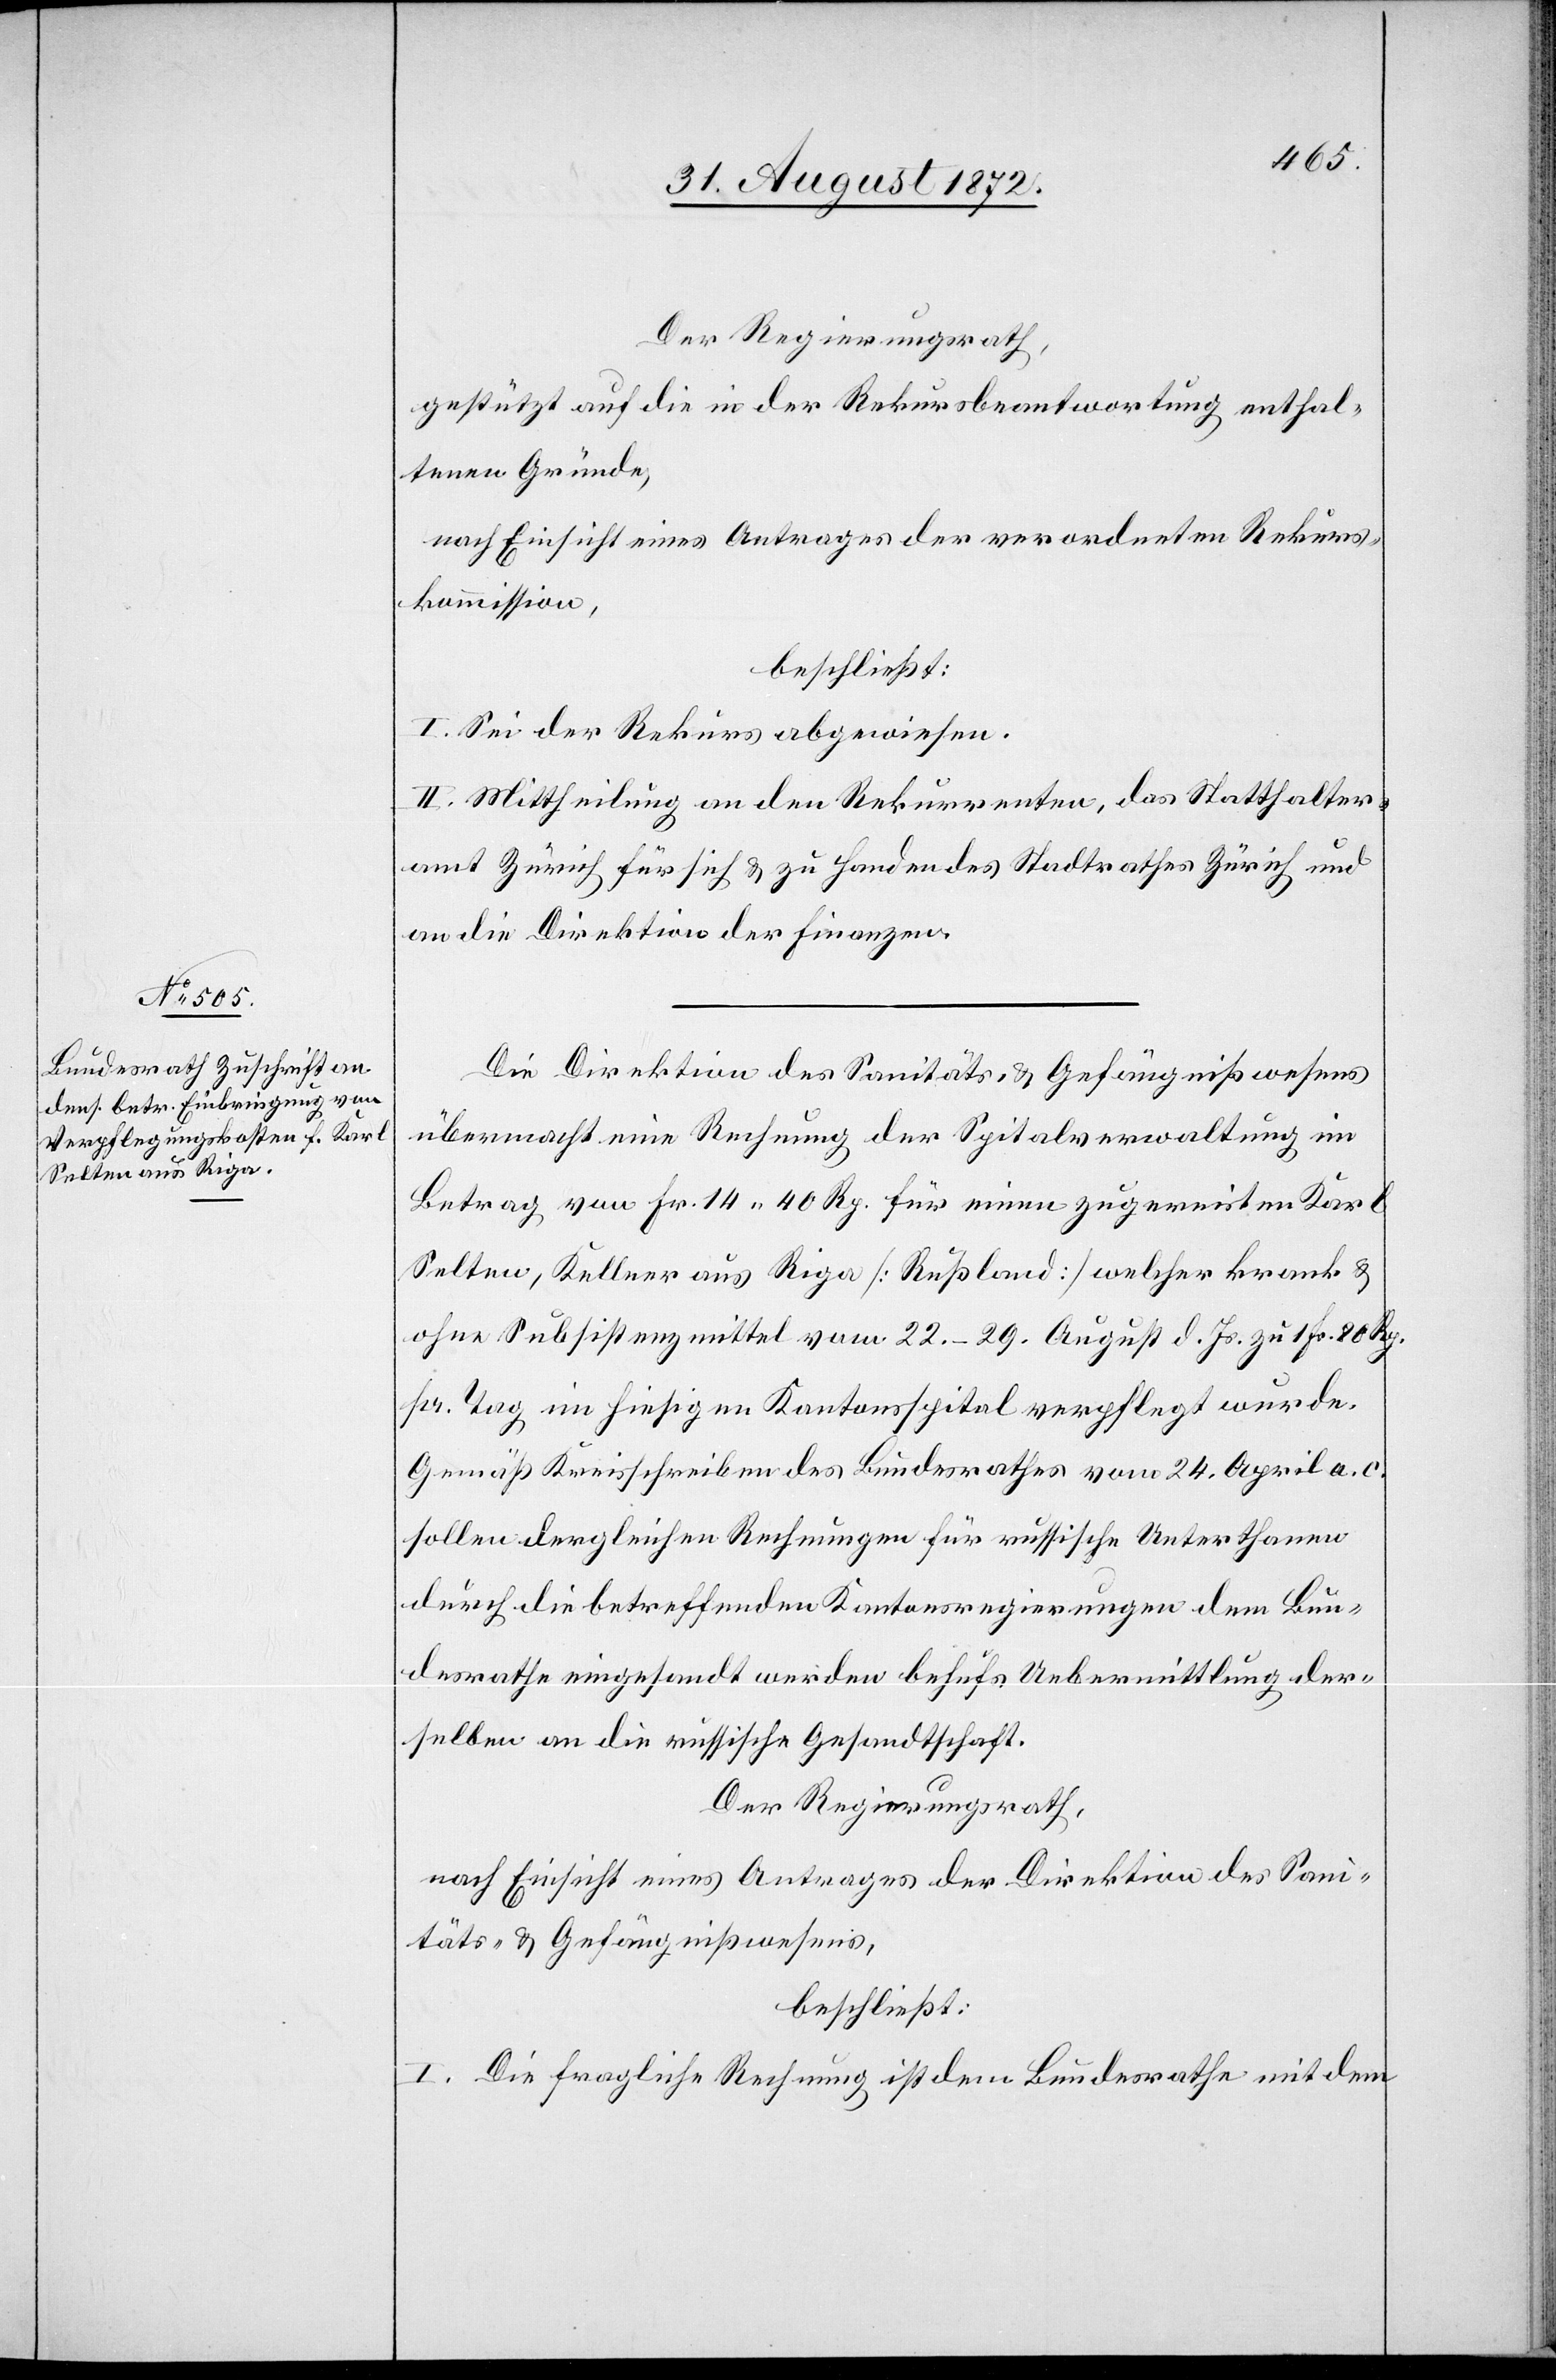
Der Regierungsrath,
gestützt auf die in der Rekursbeantwortung enthal¬
tenen Gründe,
nach Einsicht eines Antrages der verordneten Rekurs¬
kommission,
beschließt:
I. Sei der Rekurs abgewiesen.
II. Mittheilung an den Rekurrenten, das Statthalter¬
amt Zürich für sich u. zu Handen des Stadtrathes Zürich und
an die Direktion der Finanzen.
Die Direktion des Sanitäts- u. Gefängnißwesens
übermacht eine Rechnung der Spitalverwaltung im
Betrag von Fr. 14 40 Rp. für einen zugereisten Karl
Selten, Kellner aus Riga [Rußland] welcher krank u.
ohne Subsistenzmittel vom 22.–29. August d. Js. zu 1 Fr. 80 Rp.
pr. Tag im hiesigen Kantonsspital verpflegt wurde.
Gemäß Kreisschreiben des Bundesrathes vom 24. April a. c.
sollen dergleichen Rechnungen für russische Unterthanen
durch die betreffenden Kantonsregierungen dem Bun¬
desrathe eingesandt werden behufs Uebermittlung der¬
selben an die russische Gesandtschaft.
Der Regierungsrath,
nach Einsicht eines Antrages der Direktion des Sani¬
täts- u. Gefängnißwesens,
beschließt:
I. Die fragliche Rechnung ist dem Bundesrathe mit dem